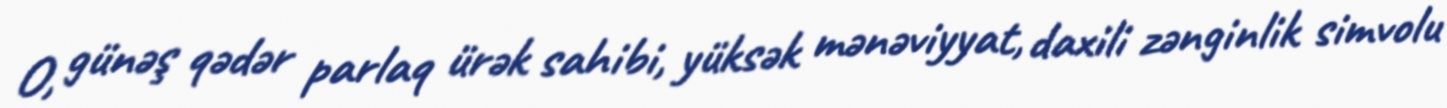
O, günəş qədər parlaq ürək sahibi, yüksək mənəviyyat, daxili zənginlik simvolu